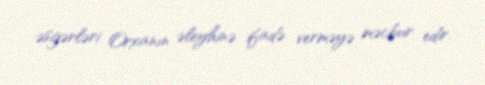
əsgərləri Orxanın əleyhinə ifadə verməyə məcbur edir.